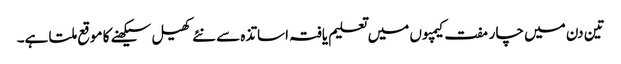
تین دن میں چار مفت کیمپوں میں تعلیم یافتہ اساتذہ سے نئے کھیل سیکھنے کا موقع ملتا ہے۔